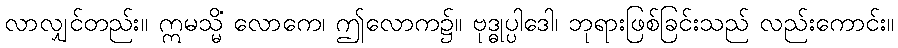
လာလျှင်တည်း။ ဣမသ္မိံ လောကေ၊ ဤလောက၌။ ဗုဒ္ဓုပ္ပါဒေါ၊ ဘုရားဖြစ်ခြင်းသည် လည်းကောင်း။